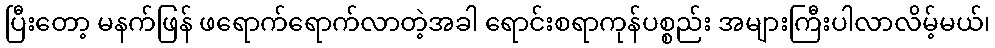
ပြီးတော့ မနက်ဖြန် ဖရောက်ရောက်လာတဲ့အခါ ရောင်းစရာကုန်ပစ္စည်း အများကြီးပါလာလိမ့်မယ်၊